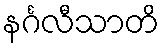
နင်္ဂလီသာတိ